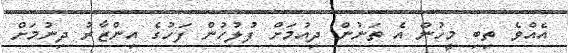
އެއްވެ ތިބި މީހުން އެ ތަނުން ދިއުމަށް ފުލުހުން ފަހުގެ އިންޒާރު ދިނުމަށް